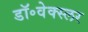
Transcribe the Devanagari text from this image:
डॉ॰वेक्स्लर